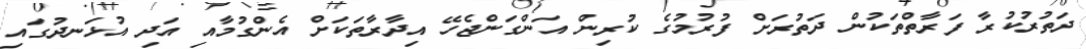
ދަތުރުކުރާ ފަރާތްތަކުން ދަތުރަށް ފުރުމުގެ ކުރިން އަންގަންޖެހޭ އިދާރާތަކަށް އެންގުމާއި އަދި އުޅަނދުގައި